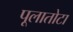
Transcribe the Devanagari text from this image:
पूलातोटा